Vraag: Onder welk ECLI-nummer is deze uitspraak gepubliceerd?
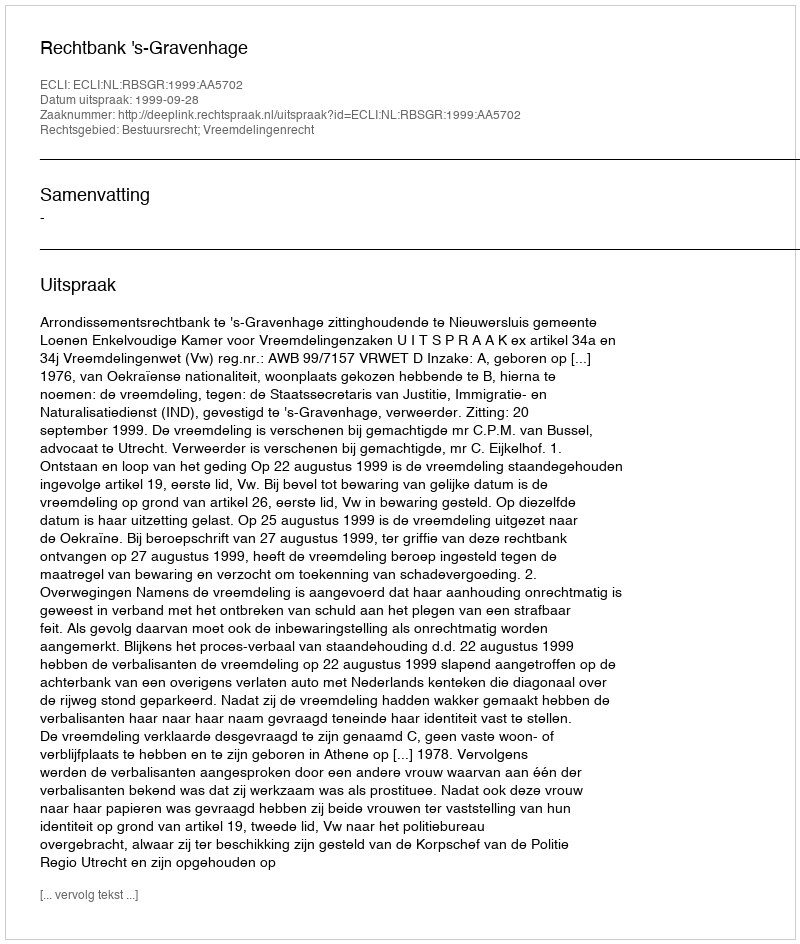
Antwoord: ECLI:NL:RBSGR:1999:AA5702